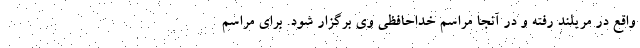
واقع در مریلند رفته و در آنجا مراسم خداحافظی وی برگزار شود. برای مراسم